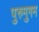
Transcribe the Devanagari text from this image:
पुरुमुगम